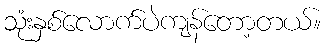
သုံးနှစ်လောက်ပဲကျန်တော့တယ်။